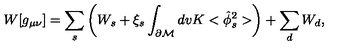
W [ g _ { \mu \nu } ] = \sum _ { s } \left( W _ { s } + \xi _ { s } \int _ { \partial { \cal M } } d v K < \hat { \phi } _ { s } ^ { 2 } > \right) + \sum _ { d } W _ { d } ,